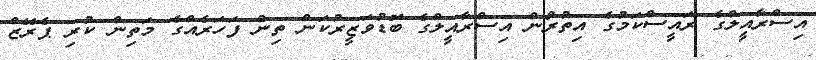
އިސްރާއީލްގެ ރައީސްކަމުގެ އިތުރުން އިސްރާއީލްގެ ބޮޑުވަޒީރުކަން ތިން ފަހަރެއްގެ މަތިން ކުރި ޕެރޭޒް